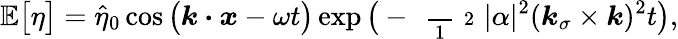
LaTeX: \mathbb{E}\big[\eta\big]=\widehat{\eta}_{0}\cos\big(\boldsymbol{k}\boldsymbol{\cdot}\boldsymbol{x}-\omega t\big)\exp\big(-\mathrm{~\scriptsize~\frac~{~1~}~{~2~}~}|\alpha|^{2}(\boldsymbol{k}_{\sigma}\times\boldsymbol{k})^{2}t\big),